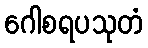
ဂေါစရပသုတံ